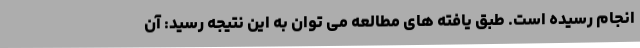
انجام رسیده است. طبق یافته های مطالعه می توان به این نتیجه رسید: آن